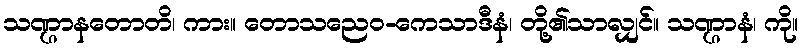
သဏ္ဌာနတောတိ၊ ကား။ တောသညေဝ-ကေသာဒီနံ၊ တို့၏သာလျှင်။ သဏ္ဌာနံ၊ ကို။